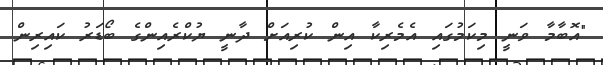
"އޮބާމާ ވަނީ މިކަމުގައި އެމެރިކާ އިން ކުރިއަށް ދާނީ ޔުކްރެއިންގެ ބޯޑަރު ކައިރިން